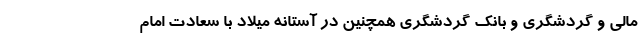
مالی و گردشگری و بانک گردشگری همچنین در آستانه میلاد با سعادت امام